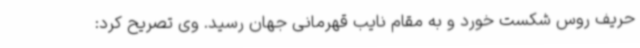
حریف روس شکست خورد و به مقام نایب قهرمانی جهان رسید. وی تصریح کرد: